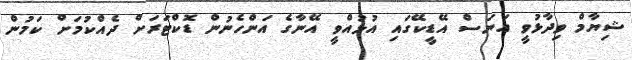
ޝިޔާމް ވިދާޅުވީ އަނަސް އޭޑީކޭގައި އުޅުއްވީ އޭނާގެ އަންހެނުން ޑޮކްޓަރަށް ދެއްކުމަށް ކަމުން